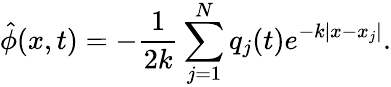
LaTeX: \hat{\phi}(x,t)=-\frac{1}{2k}\sum_{j=1}^{N}q_{j}(t)e^{-k|x-x_{j}|}.